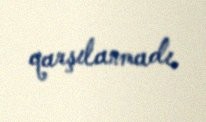
qarşılanmadı.